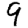
Digit: 9